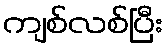
ကျစ်လစ်ပြီး